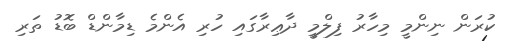
ކުރަން ނިންމީ މިހާރު ފިލްމީ ދާޢިރާގައި ހުރި އެންމެ ޑިމާންޑް ބޮޑު ތަރި